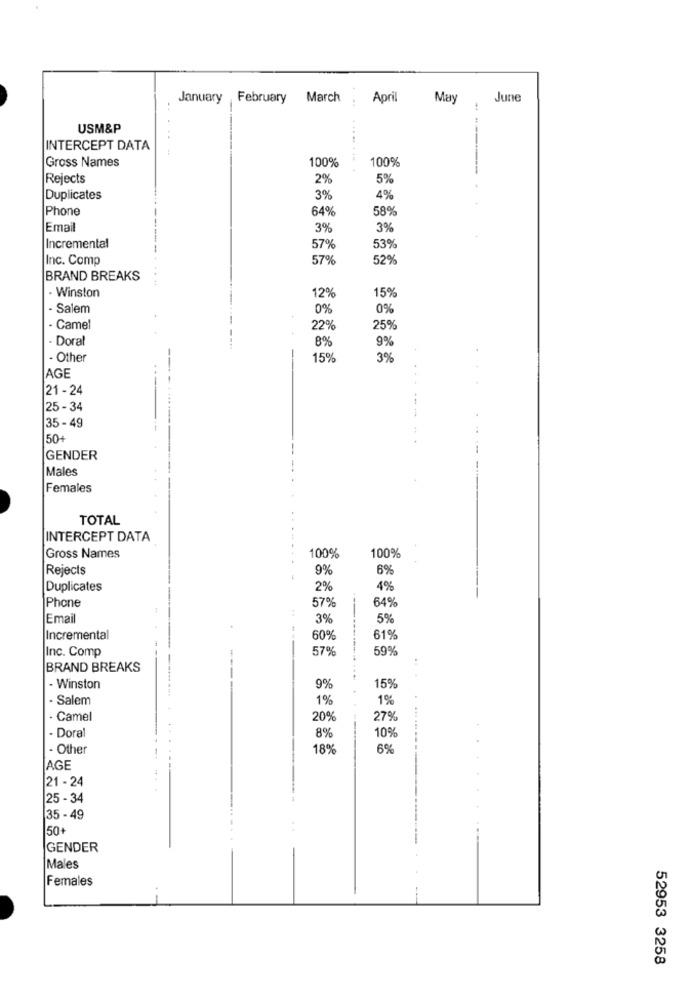
January February March
April
May
June
USM&P
----
INTERCEPT DATA
Gross Names
100%
100%
Rejects
2%
5%
Duplicates
3%
4%
Phone
64%
58%
Email
3%
3%
Incremental
57%
53%
Inc. Comp
57%
52%
BRAND BREAKS
- Winston
15%
12%
- Salem
0%
0%
· Camel
22%
25%
- Doral
8%
9%
- Other
159
3%
AGE
21 -24
25 - 34
35 - 49
50+
GENDER
Males
Females
TOTAL
INTERCEPT DATA
Gross Names
100%
100%
Rejects
9%
6%
Duplicates
2%
4%
Phone
64%
57%
Email
3%
5%
Incremental
60%
61%
Inc. Comp
57%
59%
BRAND BREAKS
- Winston
9%
15%
- Salem
1%
1%
· Camel
20%
27%
- Doral
8%
10%
- Other
18%
6%
AGE
21 - 24
25 - 34
35 - 49
50+
GENDER
Males
Females
52953 3258